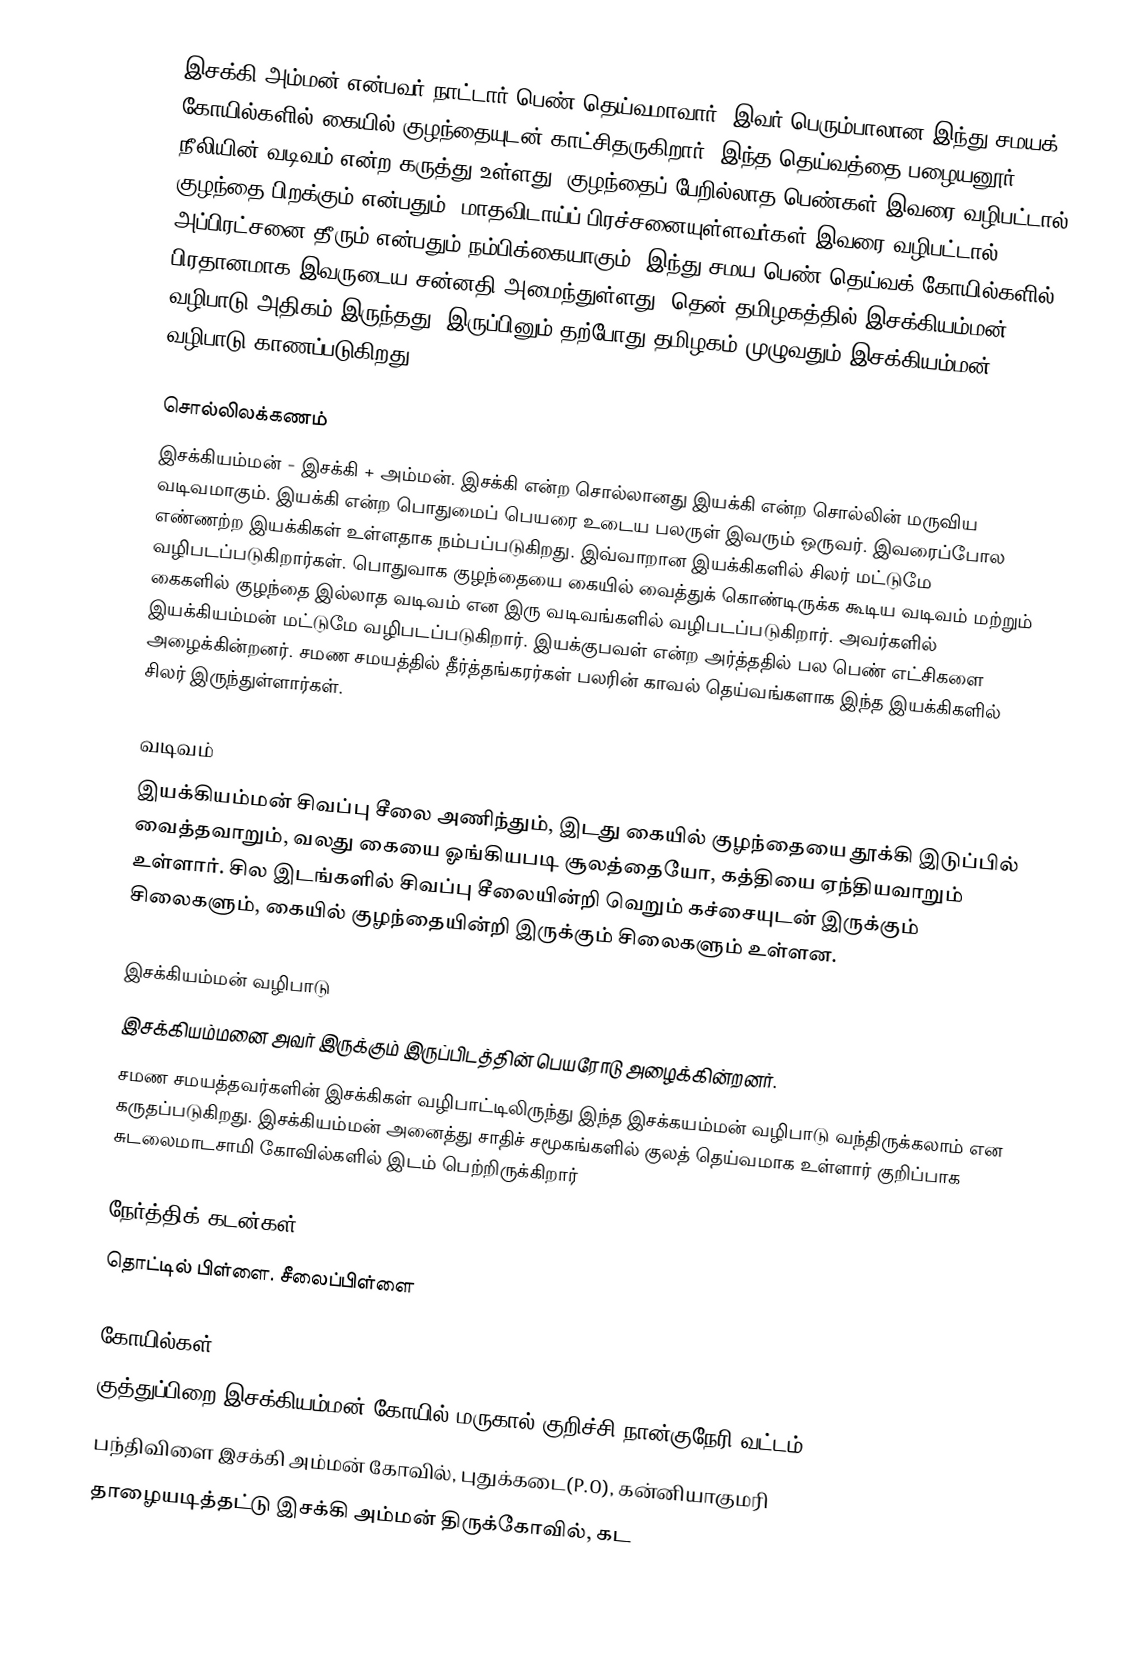
இசக்கி அம்மன் என்பவர் நாட்டார் பெண் தெய்வமாவார். இவர் பெரும்பாலான இந்து சமயக் கோயில்களில் கையில் குழந்தையுடன் காட்சிதருகிறார். இந்த தெய்வத்தை  பழையனூர் நீலியின் வடிவம் என்ற கருத்து உள்ளது.  குழந்தைப் பேறில்லாத பெண்கள் இவரை வழிபட்டால் குழந்தை பிறக்கும் என்பதும், மாதவிடாய்ப் பிரச்சனையுள்ளவர்கள் இவரை வழிபட்டால் அப்பிரட்சனை தீரும் என்பதும் நம்பிக்கையாகும். இந்து சமய பெண் தெய்வக் கோயில்களில் பிரதானமாக இவருடைய சன்னதி அமைந்துள்ளது. தென் தமிழகத்தில் இசக்கியம்மன் வழிபாடு அதிகம் இருந்தது, இருப்பினும் தற்போது தமிழகம் முழுவதும் இசக்கியம்மன் வழிபாடு காணப்படுகிறது.

சொல்லிலக்கணம்
இசக்கியம்மன் - இசக்கி + அம்மன். இசக்கி என்ற சொல்லானது இயக்கி என்ற சொல்லின் மருவிய வடிவமாகும். இயக்கி என்ற பொதுமைப் பெயரை உடைய பலருள் இவரும் ஒருவர். இவரைப்போல எண்ணற்ற இயக்கிகள் உள்ளதாக நம்பப்படுகிறது. இவ்வாறான இயக்கிகளில் சிலர் மட்டுமே வழிபடப்படுகிறார்கள். பொதுவாக குழந்தையை கையில் வைத்துக் கொண்டிருக்க கூடிய வடிவம் மற்றும் கைகளில் குழந்தை இல்லாத வடிவம் என இரு வடிவங்களில் வழிபடப்படுகிறார். அவர்களில் இயக்கியம்மன் மட்டுமே வழிபடப்படுகிறார். இயக்குபவள் என்ற அர்த்ததில் பல பெண் எட்சிகளை அழைக்கின்றனர். சமண சமயத்தில் தீர்த்தங்கரர்கள் பலரின் காவல் தெய்வங்களாக இந்த இயக்கிகளில் சிலர் இருந்துள்ளார்கள்.

வடிவம்
இயக்கியம்மன் சிவப்பு சீலை அணிந்தும், இடது கையில் குழந்தையை தூக்கி இடுப்பில் வைத்தவாறும், வலது கையை ஓங்கியபடி சூலத்தையோ, கத்தியை ஏந்தியவாறும் உள்ளார். சில இடங்களில் சிவப்பு சீலையின்றி வெறும் கச்சையுடன் இருக்கும் சிலைகளும், கையில் குழந்தையின்றி இருக்கும் சிலைகளும் உள்ளன.

இசக்கியம்மன் வழிபாடு
இசக்கியம்மனை அவர் இருக்கும் இருப்பிடத்தின் பெயரோடு அழைக்கின்றனர்.
சமண சமயத்தவர்களின் இசக்கிகள் வழிபாட்டிலிருந்து இந்த இசக்கயம்மன் வழிபாடு வந்திருக்கலாம் என கருதப்படுகிறது. இசக்கியம்மன் அனைத்து சாதிச் சமூகங்களில் குலத் தெய்வமாக உள்ளார் குறிப்பாக சுடலைமாடசாமி கோவில்களில் இடம் பெற்றிருக்கிறார்

நேர்த்திக் கடன்கள்
தொட்டில் பிள்ளை. சீலைப்பிள்ளை

கோயில்கள்
 குத்துப்பிறை இசக்கியம்மன் கோயில் மருகால் குறிச்சி நான்குநேரி வட்டம்
 பந்திவிளை இசக்கி அம்மன் கோவில், புதுக்கடை(P.O), கன்னியாகுமரி
 தாழையடித்தட்டு இசக்கி அம்மன் திருக்கோவில், கட